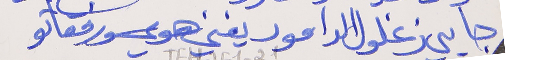
جايي زغلول الدامور يغني هوي ورفقاتو